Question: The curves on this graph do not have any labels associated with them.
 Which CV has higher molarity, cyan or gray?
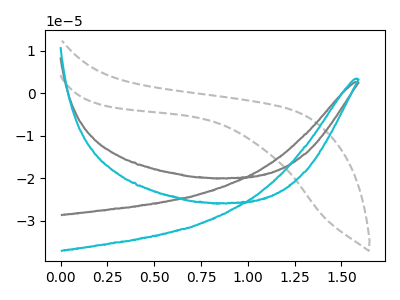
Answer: <think>The gray curve "gray" has no peaks. The gray dashed curve "gray dashed" has no peaks. The cyan curve "cyan" has no peaks.
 Neither "cyan" or "gray" have any peaks.</think>
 <answer>I cant tell if "cyan" or "gray" has higher concentration.</answer>
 <eval>mixed_concentration</eval>